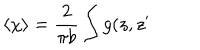
\left\langle \chi \right\rangle = \frac 2 { \pi b } \int g ( z , z ^ { \prime }